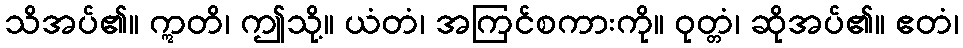
သိအပ်၏။ ဣတိ၊ ဤသို့။ ယံတံ၊ အကြင်စကားကို။ ဝုတ္တံ၊ ဆိုအပ်၏။ ဧတံ၊